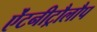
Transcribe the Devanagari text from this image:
ऐंटनीट्रौलौप